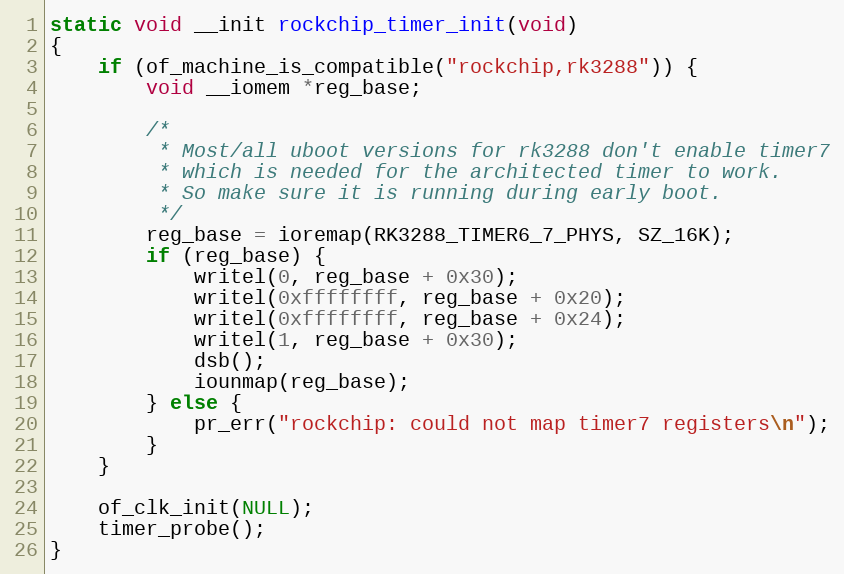
Language: C
static void __init rockchip_timer_init(void)
{
	if (of_machine_is_compatible("rockchip,rk3288")) {
		void __iomem *reg_base;

		/*
		 * Most/all uboot versions for rk3288 don't enable timer7
		 * which is needed for the architected timer to work.
		 * So make sure it is running during early boot.
		 */
		reg_base = ioremap(RK3288_TIMER6_7_PHYS, SZ_16K);
		if (reg_base) {
			writel(0, reg_base + 0x30);
			writel(0xffffffff, reg_base + 0x20);
			writel(0xffffffff, reg_base + 0x24);
			writel(1, reg_base + 0x30);
			dsb();
			iounmap(reg_base);
		} else {
			pr_err("rockchip: could not map timer7 registers\n");
		}
	}

	of_clk_init(NULL);
	timer_probe();
}